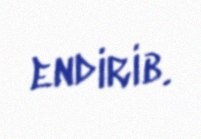
endirib.